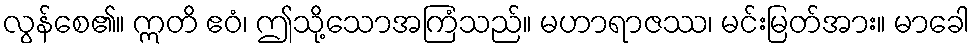
လွန်စေ၏။ ဣတိ ဧဝံ၊ ဤသို့သောအကြံသည်။ မဟာရာဇဿ၊ မင်းမြတ်အား။ မာခေါ